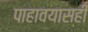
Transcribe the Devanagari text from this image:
पाहावयासही